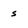
Character: s